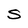
Character: S